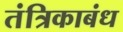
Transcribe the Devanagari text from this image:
तंत्रिकाबंध